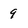
Character: 9